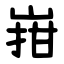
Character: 㟛